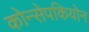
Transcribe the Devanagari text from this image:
कोन्सेपकियोन